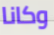
وكانا